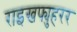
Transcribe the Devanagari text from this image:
राइखफ्युहरर